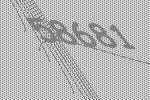
58681